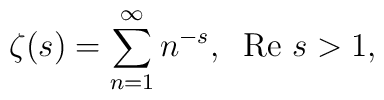
\zeta(s)=\sum\limits_{n=1}^{\infty}n^{-s},\;\;\mbox{Re}~s>1,